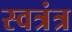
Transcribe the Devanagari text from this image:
स्वत्रंत्र